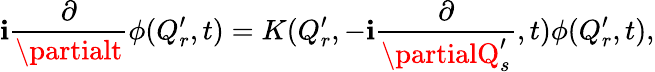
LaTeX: \mathbf{i}{\frac{{\partial}}{{\partialt}}}\phi(Q_{r}^{\prime},t)=K(Q_{r}^{\prime},-\mathbf{i}{\frac{{\partial}}{{\partialQ_{s}^{\prime}}}},t)\phi(Q_{r}^{\prime},t),